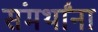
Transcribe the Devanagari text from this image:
संमर्थांना